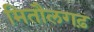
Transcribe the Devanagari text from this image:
मितौलगढ़